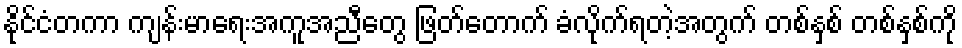
နိုင်ငံတကာ ကျန်းမာရေးအကူအညီတွေ ဖြတ်တောက် ခံလိုက်ရတဲ့အတွက် တစ်နှစ် တစ်နှစ်ကို